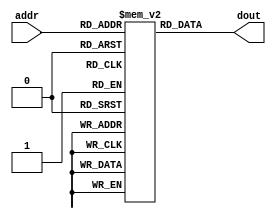
module rom(dout, addr);
	output [7:0] dout;
	input [3:0] addr;
	reg[7:0] mem[15:0];
	initial begin
		mem[ 4'd0] <= 8'b01100_000;// inc R0
		mem[ 4'd1] <= 8'b1000_0000;// jnc 0
		mem[ 4'd2] <= 8'b1010_0000;// SET 0
		mem[ 4'd3] <= 8'b1001_0000;// jmp 0
	end
	assign dout = mem[addr];
endmodule